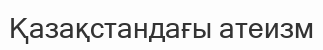
Қазақстандағы атеизм